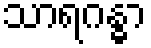
သာရဂန္ဓာ